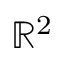
\mathbb { R } ^ { 2 }